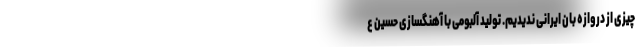
چیزی از دروازه بان ایرانی ندیدیم. تولید آلبومی با آهنگسازی حسین ع